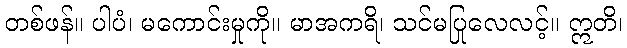
တစ်ဖန်။ ပါပံ၊ မကောင်းမှုကို။ မာအကရိ၊ သင်မပြုလေလင့်။ ဣတိ၊